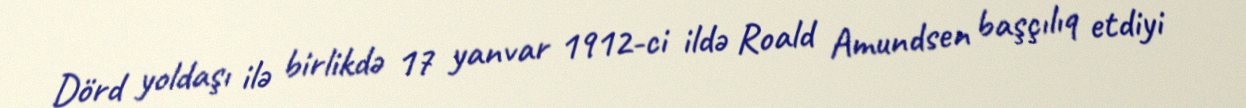
Dörd yoldaşı ilə birlikdə 17 yanvar 1912-ci ildə Roald Amundsen başçılıq etdiyi